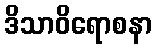
ဒိသာဝိရောစနာ